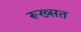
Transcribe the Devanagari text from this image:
रूख्सत